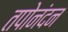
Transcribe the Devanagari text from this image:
तपोनंदन